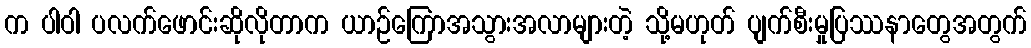
က ပါဝါ ပလက်ဖောင်းဆိုလိုတာက ယာဉ်ကြောအသွားအလာများတဲ့ သို့မဟုတ် ပျက်စီးမှုပြဿနာတွေအတွက်